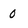
Character: 0